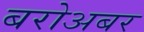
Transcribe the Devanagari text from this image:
बरोअबर